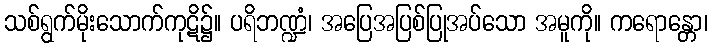
သစ်ရွက်မိုးသောက်ကုဋိ၌။ ပရိဘဏ္ဍံ၊ အပြေအပြစ်ပြုအပ်သော အမူကို။ ကရောန္တော၊